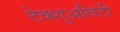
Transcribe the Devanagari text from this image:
टेक्शुअलिटी